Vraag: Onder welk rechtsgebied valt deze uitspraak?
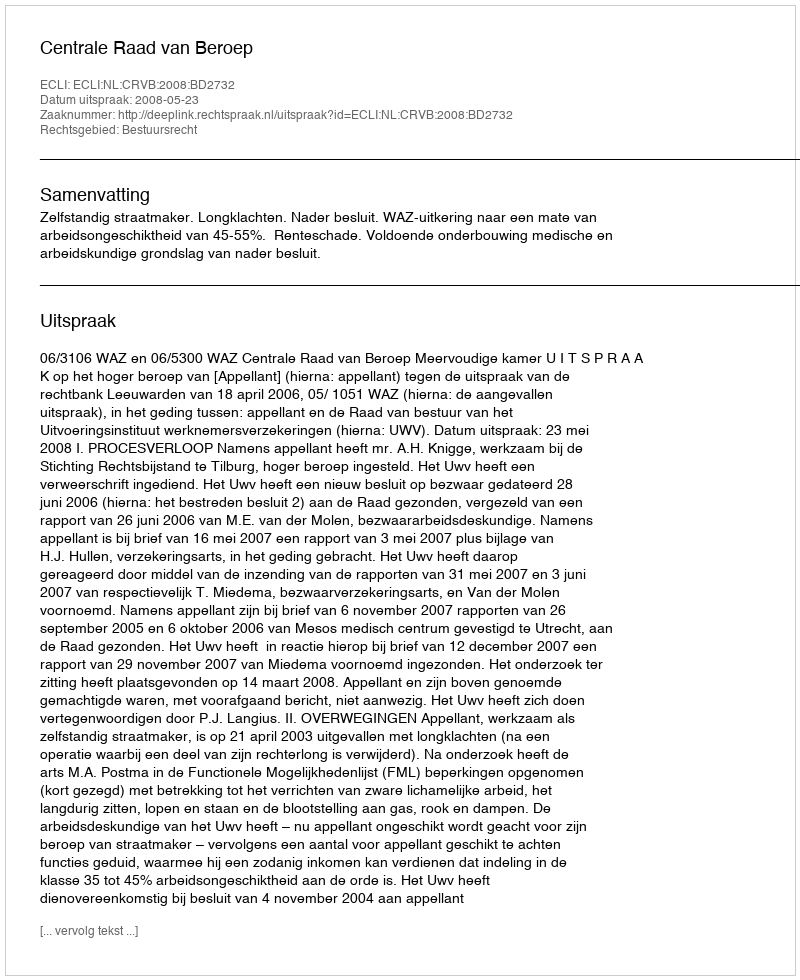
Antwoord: Bestuursrecht